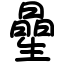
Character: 曐